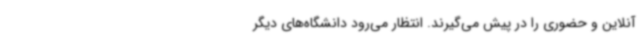
آنلاین و حضوری را در پیش می‌گیرند. انتظار می‌رود دانشگاه‌های دیگر